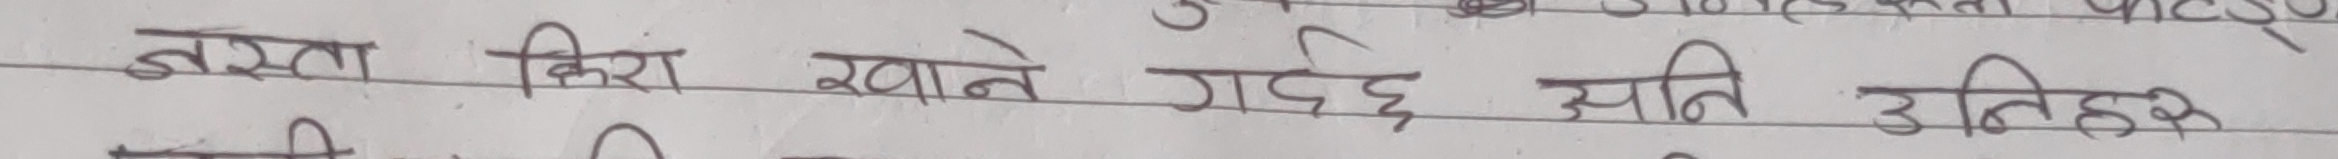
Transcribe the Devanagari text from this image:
जस्ता किरा खाने गर्दछ अति उत्तिहरो